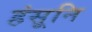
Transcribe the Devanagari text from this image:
हंसूनि